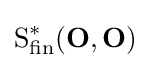
{\text{S}}_{\text{fin}}^{*}(\mathbf {O} ,\mathbf {O} )